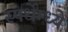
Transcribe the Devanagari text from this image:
स्पर्धेम्ध्ये